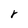
Character: r